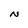
Character: N